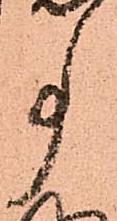
事